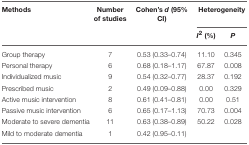
| Methods | Number of studies | Cohen's d (95% CI) | <COLSPAN=2> Heterogeneity |
 |  |  |  | I2 (%) | P |
 | --- | --- | --- | --- | --- |
 | Group therapy | 7 | 0.53 (0.33–0.74) | 11.10 | 0.345 |
 | Personal therapy | 6 | 0.68 (0.18–1.17) | 67.87 | 0.008 |
 | Individualized music | 9 | 0.54 (0.32–0.77) | 28.37 | 0.192 |
 | Prescribed music | 2 | 0.49 (0.09–0.88) | 0.00 | 0.329 |
 | Active music intervention | 8 | 0.61 (0.41–0.81) | 0.00 | 0.51 |
 | Passive music intervention | 6 | 0.65 (0.17–1.13) | 70.73 | 0.004 |
 | Moderate to severe dementia | 11 | 0.63 (0.38–0.89) | 50.22 | 0.028 |
 | Mild to moderate dementia | 1 | 0.42 (0.95–0.11) |  |  |